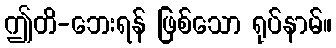
ဤတိ-ဘေးရန် ဖြစ်သော ရုပ်နာမ်။